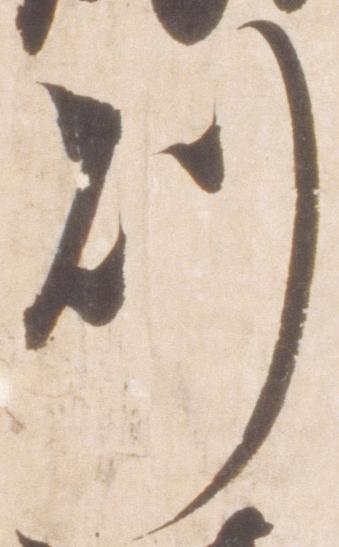
則